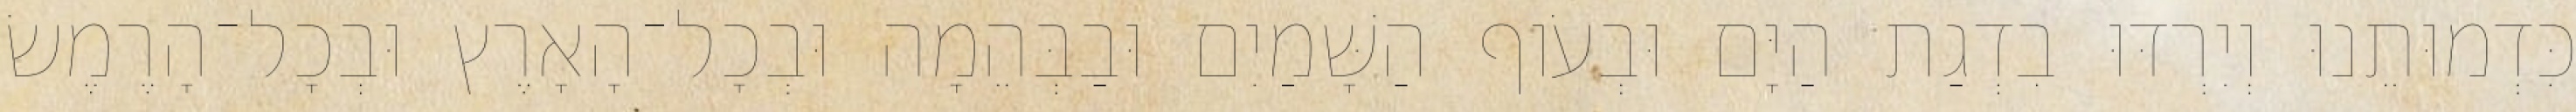
כִּדְמוּתֵנוּ וְיִרְדּוּ בִדְגַת הַיָּם וּבְעֹוף הַשָּׁמַיִם וּבַבְּהֵמָה וּבְכָל־הָאָרֶץ וּבְכָל־הָרֶמֶשׂ